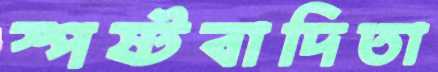
স্পষ্টবাদিতা